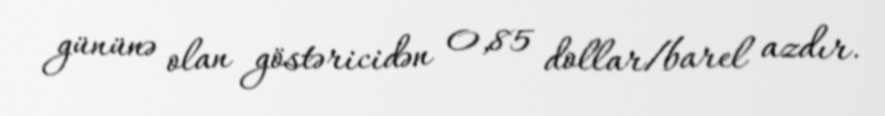
gününə olan göstəricidən 0,85 dollar/barel azdır.